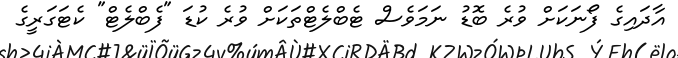
އާދައިގެ ފޯނަކަށް ވުރެ ބޮޑު ނަމަވެސް ޓެބްލެޓްތަކަށް ވުރެ ކުޑަ "ފެބްލެޓް" ކެޓަގަރީގެ